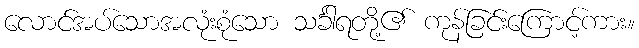
လောင်အပ်သောအလုံးစုံသော သင်္ခါရတို့၏ ကုန်ခြင်းကြောင့်ကား။